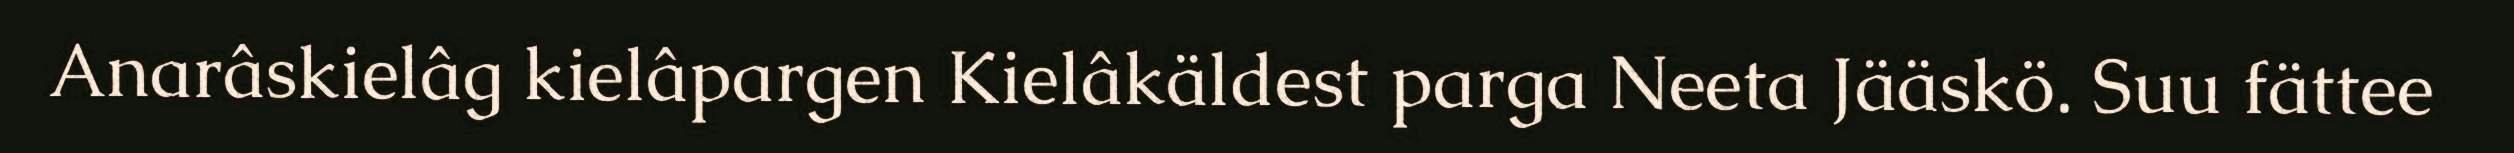
Anarâskielâg kielâpargen Kielâkäldest parga Neeta Jääskö. Suu fättee